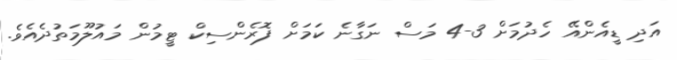
އަދި ޑީއެންއޭ ހެދުމަށް 3-4 މަސް ނަގާނެ ކަމަށް ފޮރެންސިކް ޓީމުން މައުލޫމަތުދެއެވެ.